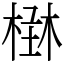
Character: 𣕑